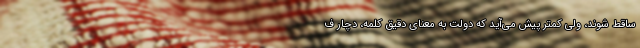
ساقط شوند، ولی کمتر پیش می‌آید که دولت به معنای دقیق کلمه، دچار ف